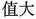
值大